Mental hospitals Bombay report 1929-33 - 1929-1933
Year: 1929
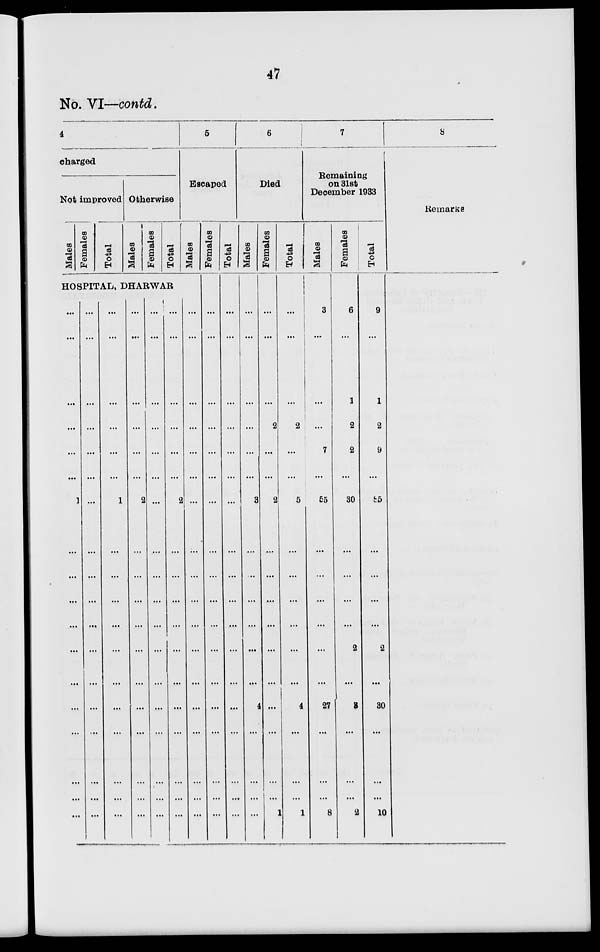
47
No. VI—contd.
4
charged
Not improved
Males
Females
Total
Otherwise
Males
Females
Total
HOSPITAL, DHARWAR
...
...
...
...
...
...
1
...
...
...
...
...
...
...
...
...
...
...
...
...
...
...
...
...
...
...
...
...
...
...
...
...
...
...
...
...
...
...
...
...
...
...
1
...
...
...
...
...
...
...
...
...
...
...
...
...
...
...
...
...
2
...
...
...
...
...
...
...
...
...
...
...
...
...
...
...
...
...
...
...
...
...
...
...
...
...
...
...
...
...
...
...
...
...
...
...
2
...
...
...
...
...
...
...
...
...
...
...
5
Escaped
Males
...
...
...
...
...
...
...
...
...
...
...
...
...
...
...
...
...
...
Females
...
...
...
...
...
...
...
...
...
...
...
...
...
...
...
...
...
...
Total
...
...
...
...
...
...
...
...
...
...
...
...
...
...
...
...
...
...
6
Died
Males
...
...
...
...
...
...
3
...
...
...
...
...
...
4
...
...
...
...
Females
...
...
...
2
...
...
2
...
...
...
...
...
...
...
...
...
...
1
Total
...
...
...
2
...
...
5
...
...
...
...
...
...
4
...
...
...
1
7
Remaining
on 31st
December 1933
Males
3
...
...
...
7
...
55
...
...
...
...
...
...
27
...
...
...
8
Females
6
...
1
2
2
...
30
...
...
...
...
2
...
3
...
...
...
2
Total
9
...
1
2
9
...
85
...
...
...
...
2
...
30
...
...
...
10
8
Remarks